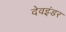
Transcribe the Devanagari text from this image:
देवइंडर